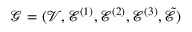
\mathcal { G } = ( \mathcal { V } , \mathcal { E } ^ { ( 1 ) } , \mathcal { E } ^ { ( 2 ) } , \mathcal { E } ^ { ( 3 ) } , \tilde { \mathcal { E } } )